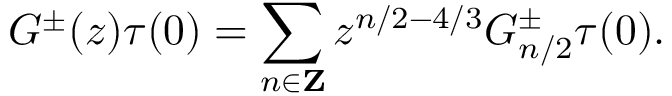
G ^ { \pm } ( z ) \tau ( 0 ) = \sum _ { n \in { \bf Z } } z ^ { n / 2 - 4 / 3 } G _ { n / 2 } ^ { \pm } \tau ( 0 ) .